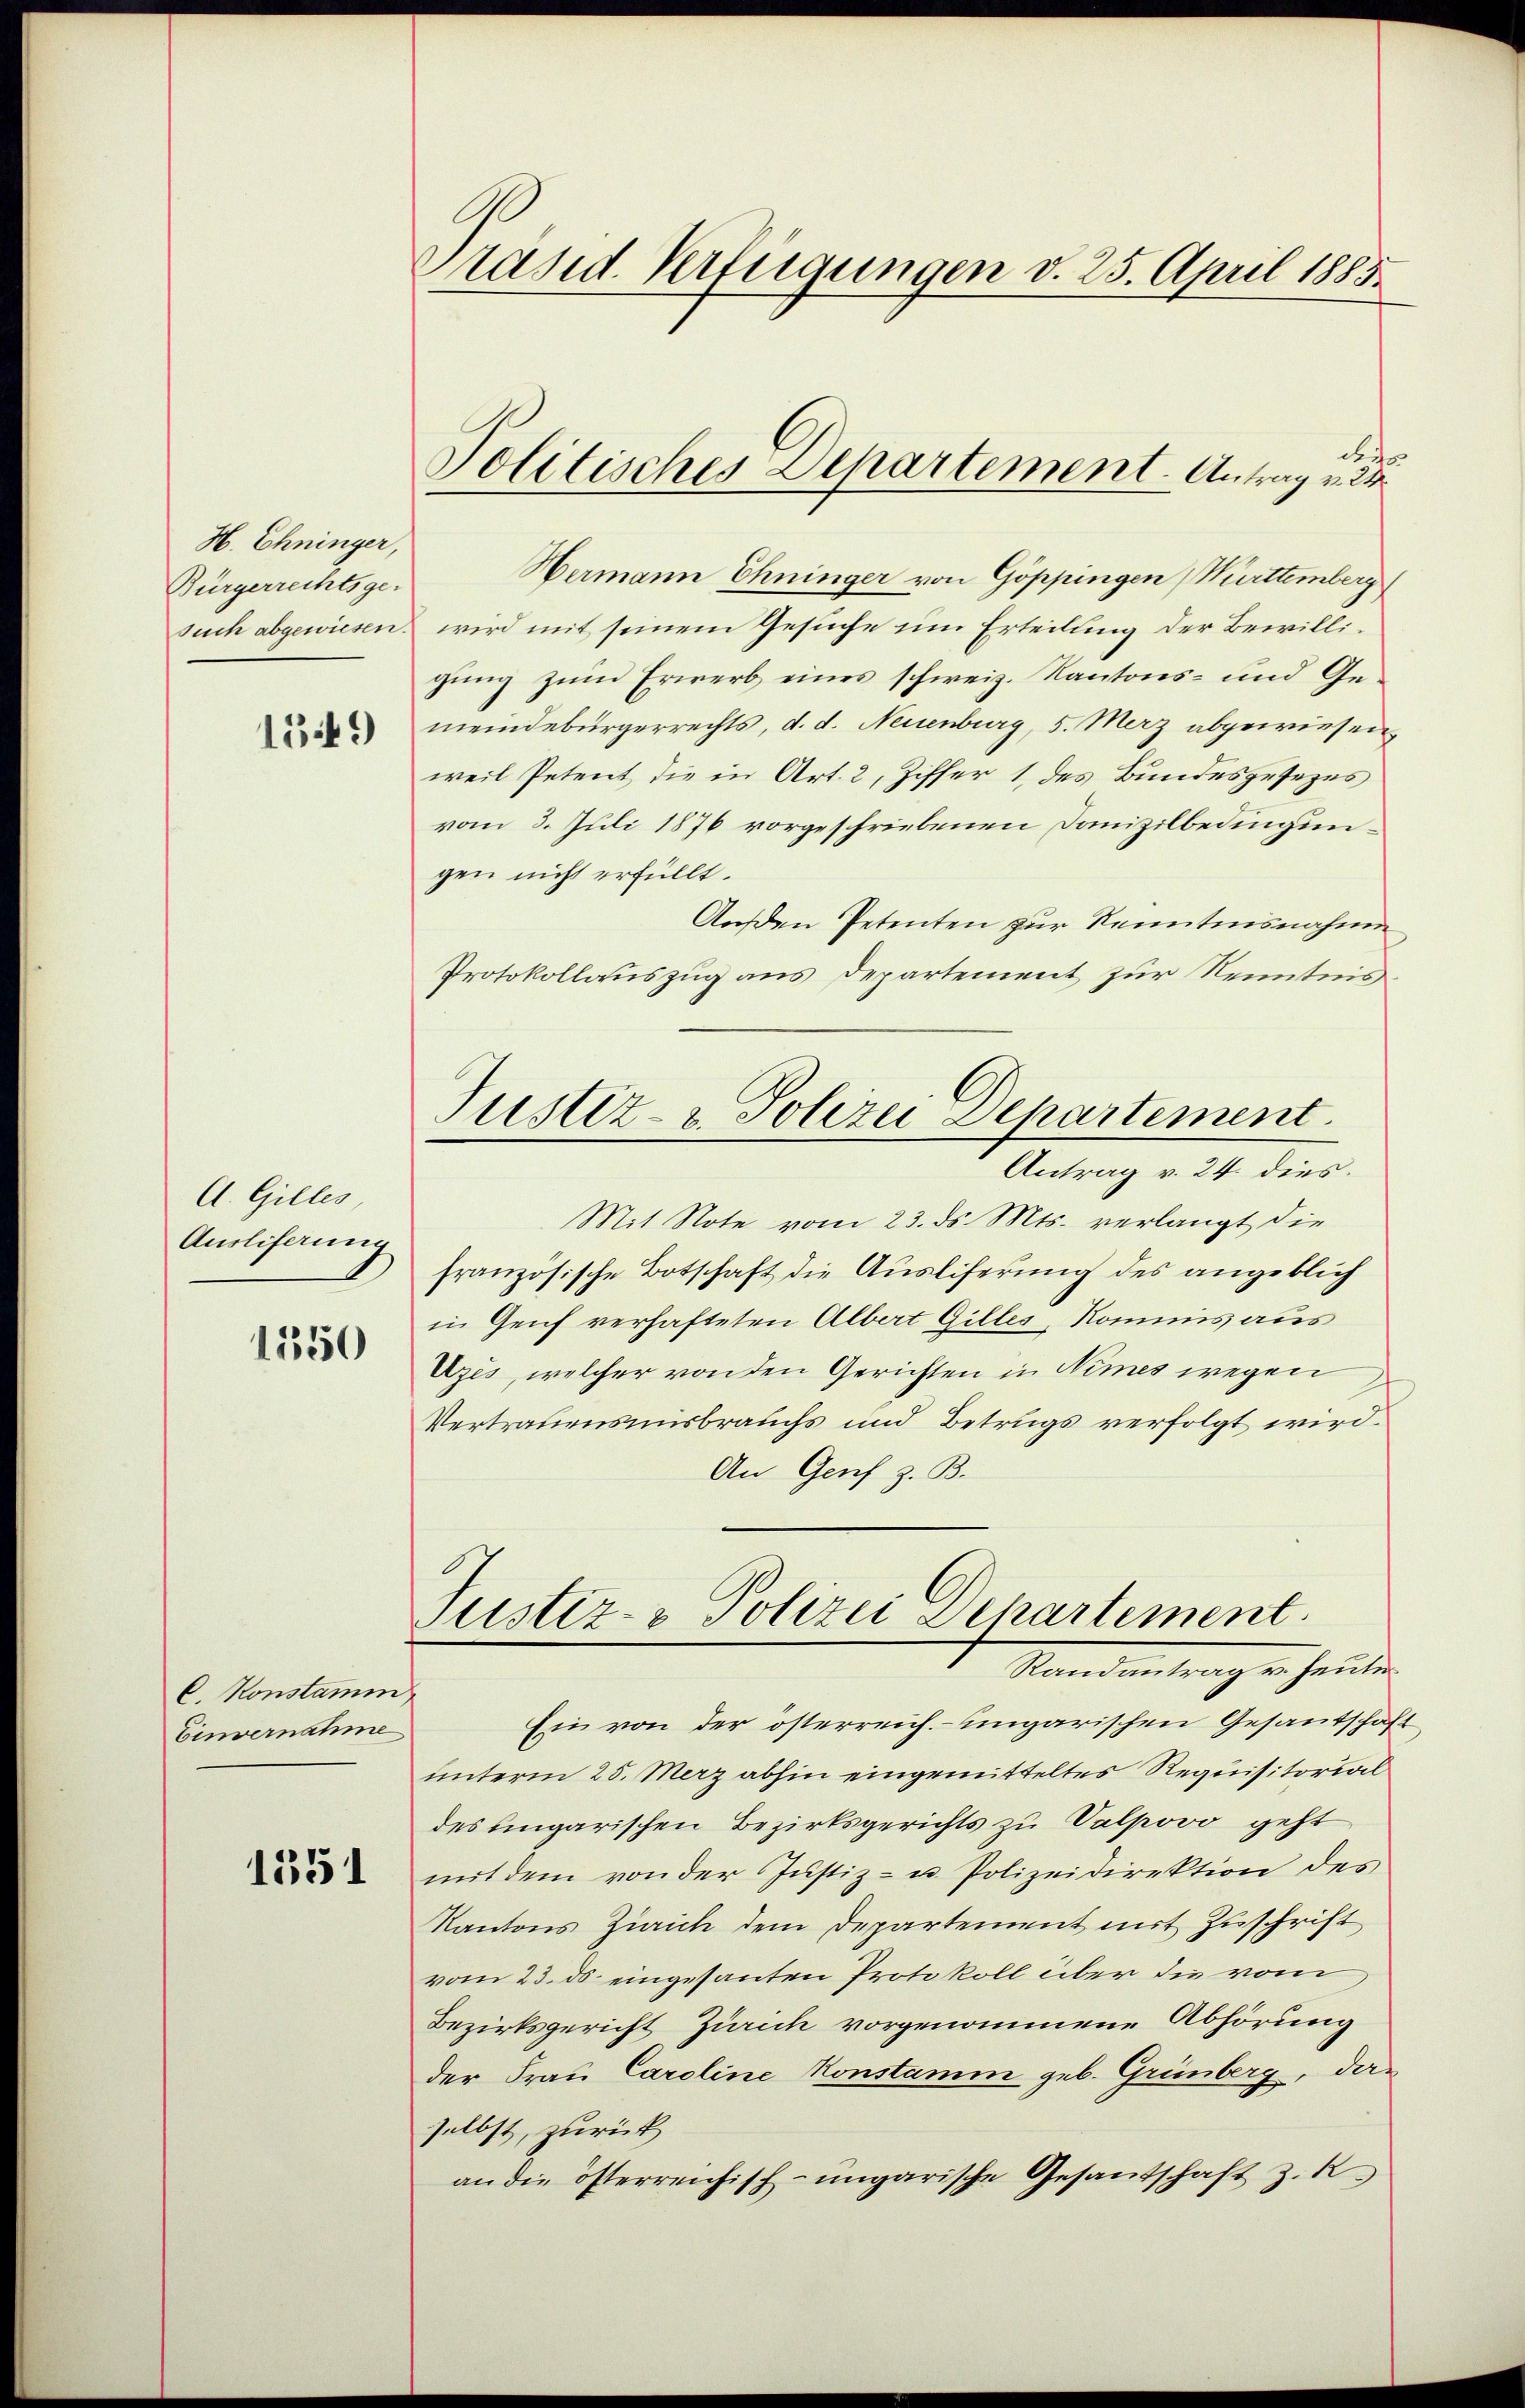
H. Chninger,
Bürgerrechtsge-
such abgewiesen.

1349

A. Gilles
Auslieferung

1150

C. Konstamm
Einvernahme

1551

Präsid. Verfügungen v. 25. April 1885.

Politisches Departement. Antrag v. 24

drit
Hermann Ehninger von Göppingen Württemberg
wird mit seinem Gesuche um Erteilung der Bewilligung zum Erwerb eines schweiz. Kantons- und Gemeindebürgerrechts, d. d. Neuenburg, 5. Merz abgewiesen,
weil Petent die in Art. 2, Ziffer 1 des Bundesgesezes
vom 3. Juli 1876 vorgeschriebenen Danizilbedingungen nicht erfüllt.
Außen Petenten zur Kenntnisnahmen
Protokollauszug aus Departement zur Kenntnis
Mit Note vom 23. ds. Mts. verlangt die
französische Botschaft die Ausliferung des angeblich
in Genf verhafteten Albert Gilles, Kommis aus
Uzis, welcher von den Gerichten in Nimes wegen
Vertrauensmisbrauchs und Betrugs verfolgt wird.
An Genf z. B.
Justiz- & Polizei Departement.
Randantrag u. heute
Ein von der österreich. – ungarischen Gesantschafunterm 25. Merz abhin eingemitteltes Requisitorial
des ungarischen Bezirksgerichts zu Valpovo geht
mit dem von der Justiz- u. Polizeidirektion des
Kantons Zürich dem Departement mit Zuschrift
vom 23. ds eingesanten Protokoll über die vom
Bezirksgericht Zürich vorgenommene Abhörung
der Frau Caroline Konstamm geb. Grünberg, das
selbst, zurück
an die österreichisch-ungarische Gesandschaft z. R.

Justiz- & Polizei Departement.
Antrag v. 24. dies